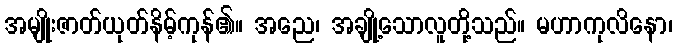
အမျိုးဇာတ်ယုတ်နိမ့်ကုန်၏။ အညေ၊ အချို့သောလူတို့သည်။ မဟာကုလိနော၊